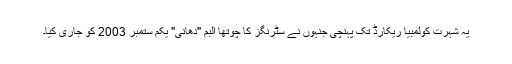
یہ شہرت کولمبیا ریکارڈ تک پہنچی جنہوں نے سٹرنگز کا چوتھا البم "دھانی" یکم ستمبر 2003 کو جاری کیا۔